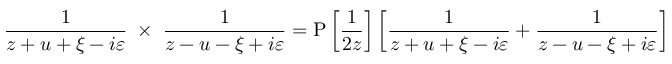
{ \frac { 1 } { z + u + \xi - i \varepsilon } } \; \times \; { \frac { 1 } { z - u - \xi + i \varepsilon } } = \mathrm { P } \left\lbrack \vphantom { { \frac { 1 } { z + u + \xi - i \varepsilon } } } { \frac { 1 } { 2 z } } \right\rbrack \left\lbrack { \frac { 1 } { z + u + \xi - i \varepsilon } } + { \frac { 1 } { z - u - \xi + i \varepsilon } } \right\rbrack